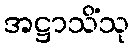
အဋ္ဌာသိံသု